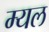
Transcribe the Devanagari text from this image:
म्यल